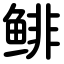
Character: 鲱